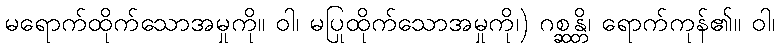
မရောက်ထိုက်သောအမှုကို။ ဝါ၊ မပြုထိုက်သောအမှုကို၊) ဂစ္ဆန္တိ၊ ရောက်ကုန်၏။ ဝါ၊